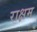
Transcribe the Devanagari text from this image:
राक्षम